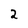
Character: 2